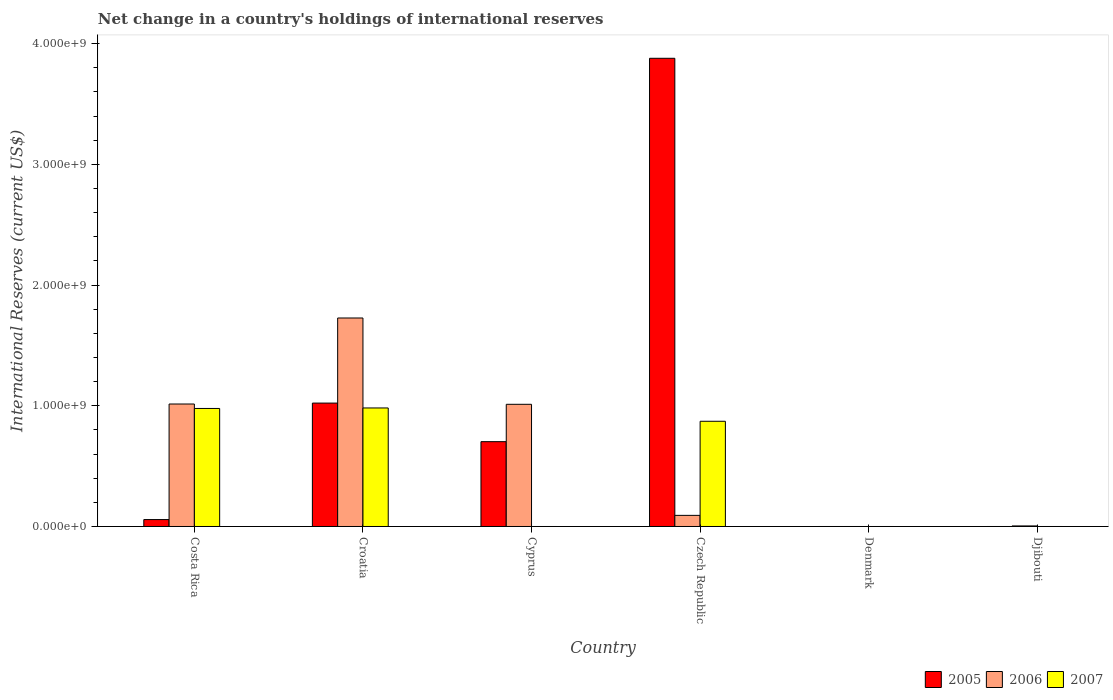
| Country | 2005 | 2006 | 2007 |
 | --- | --- | --- | --- |
 | Costa Rica | 5.72e+07 | 1.01e+09 | 9.78e+08 |
 | Croatia | 1.02e+09 | 1.73e+09 | 9.82e+08 |
 | Cyprus | 7.03e+08 | 1.01e+09 | -2.5e+08 |
 | Czech Republic | 3.88e+09 | 9.21e+07 | 8.72e+08 |
 | Denmark | -1.51e+09 | -5.99e+09 | -2.1e+08 |
 | Djibouti | -3.13e+07 | 4.65e+06 | -2.63e+07 |